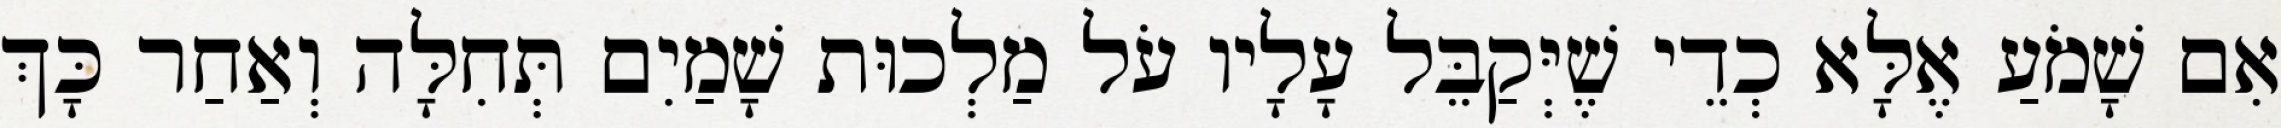
אִם שָׁמֹעַ אֶלָּא כְדֵי שֶׁיְּקַבֵּל עָלָיו עֹל מַלְכוּת שָׁמַיִם תְּחִלָּה וְאַחַר כָּךְ